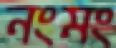
নংমং